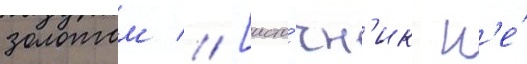
золотом // [исто́чн'ик н'е́